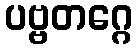
ပဗ္ဗတဂ္ဂေ